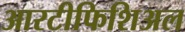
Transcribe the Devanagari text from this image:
आरटीफिशिअल